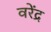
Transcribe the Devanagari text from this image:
वरेंद्र